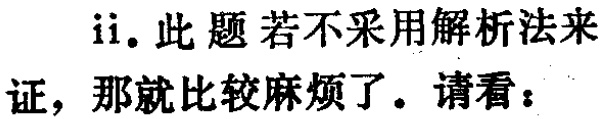
ii. 此题若不采用解析法来证，那就比较麻烦了。请看：